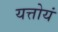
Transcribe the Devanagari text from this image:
यत्तोयं